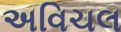
અવિચલ